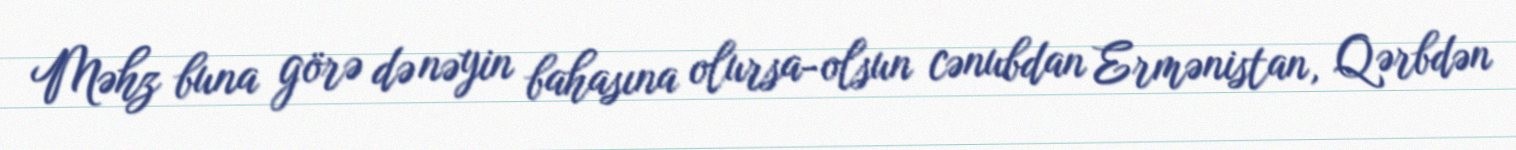
Məhz buna görə də nəyin bahasına olursa-olsun cənubdan Ermənistan, Qərbdən